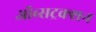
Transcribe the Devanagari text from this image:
ऑब्सट्रक्शन